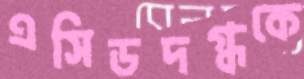
এসিডদগ্ধকে